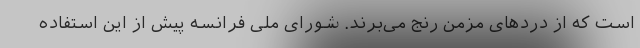
است که از دردهای مزمن رنج می‌برند. شورای ملی فرانسه پیش از این استفاده